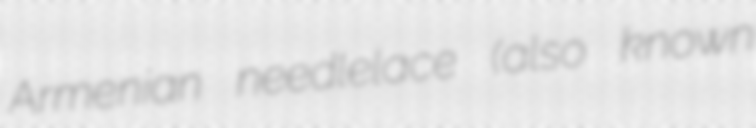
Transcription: Armenian needlelace (also known